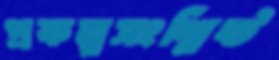
প্রকল্পসংশ্লিষ্ট